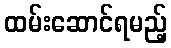
ထမ်းဆောင်ရမည့်